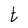
Character: t